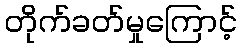
တိုက်ခတ်မှုကြောင့်